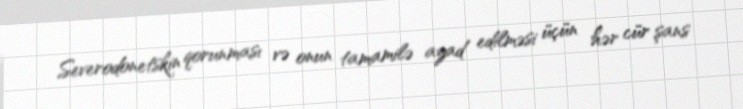
Severodonetskin qorunması və onun tamamilə azad edilməsi üçün hər cür şans